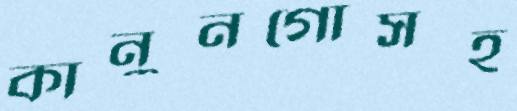
কানুনগোসহ